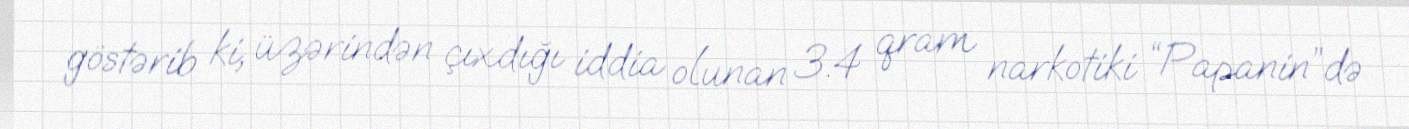
göstərib ki, üzərindən çıxdığı iddia olunan 3.4 qram narkotiki “Papanin”də